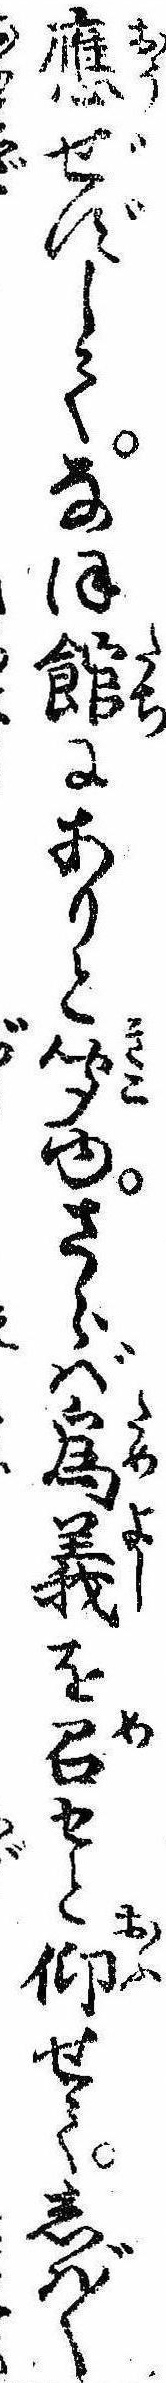
応ぜずしてなほ館にありと聞ゆさらば為義を召せと仰せてしば〱